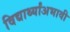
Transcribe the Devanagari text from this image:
विद्यार्थ्यांअभावी